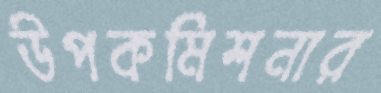
উপকমিশনার